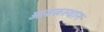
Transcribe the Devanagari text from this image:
आढळस्थान